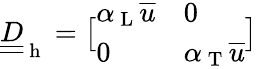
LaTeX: \underline{{\underline{{D}}}}_{\mathrm{~h~}}=\bigl[\begin{array}{ll}{\alpha_{\mathrm{~L~}}\overline{{u}}}&{0}\\ {0}&{\alpha_{\mathrm{~T~}}\overline{{u}}}\end{array}\bigr]